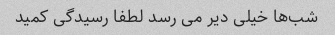
شب‌ها خیلی دیر می رسد لطفا رسیدگی کمید